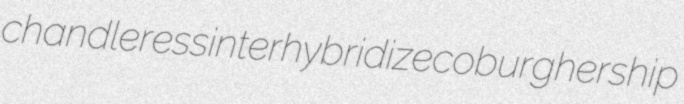
chandleress interhybridize coburghership